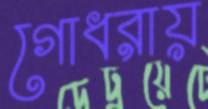
গোধরায়